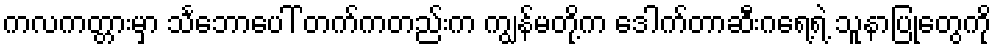
ကလကတ္တားမှာ သင်္ဘောပေါ် တက်ကတည်းက ကျွန်မတို့က ဒေါက်တာဆီးဂရေ့ရဲ့ သူနာပြုတွေကို